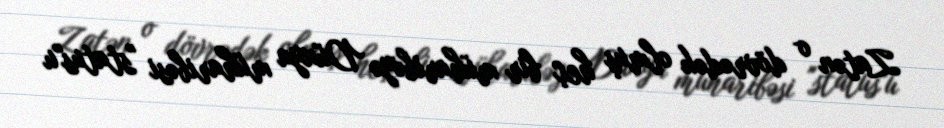
Zatən o dövrədək olmuş heç bir müharibəyə Dünya müharibəsi "status"u